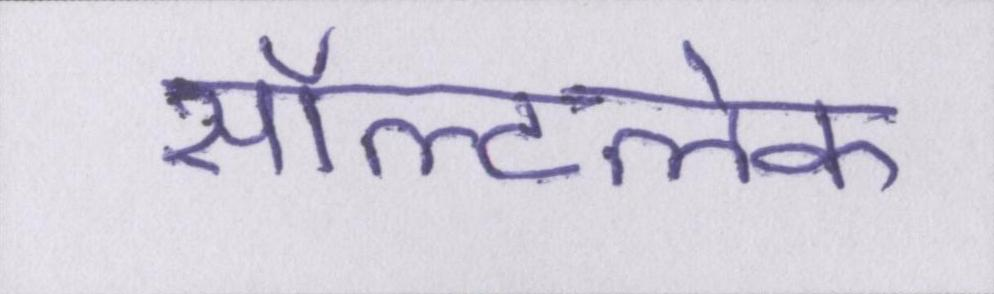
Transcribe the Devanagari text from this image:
सॉल्टलेक